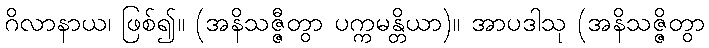
ဂိလာနာယ၊ ဖြစ်၍။ (အနိသဇ္ဇီတွာ ပက္ကမန္တိယာ)။ အာပဒါသု (အနိသဇ္ဇိတွာ